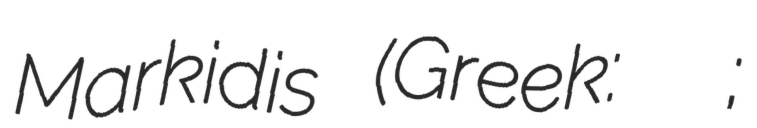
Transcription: Markidis (Greek: Αλέκος Μαρκίδης;